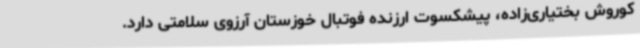
کوروش بختیاری‌زاده، پیشکسوت ارزنده فوتبال خوزستان آرزوی سلامتی دارد.